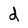
Character: d